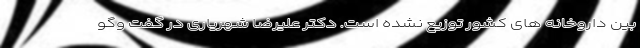
بین داروخانه های کشور توزیع نشده است. دکتر علیرضا شهریاری در گفت وگو